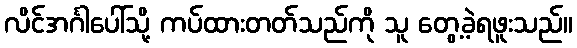
လိင်အင်္ဂါပေါ်သို့ ကပ်ထားတတ်သည်ကို သူ တွေ့ခဲ့ရဖူးသည်။